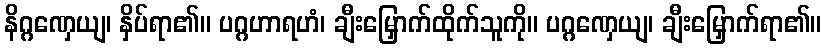
နိဂ္ဂဏှေယျ၊ နှိပ်ရာ၏။ ပဂ္ဂဟာရဟံ၊ ချီးမြှောက်ထိုက်သူကို။ ပဂ္ဂဏှေယျ၊ ချီးမြှောက်ရာ၏။